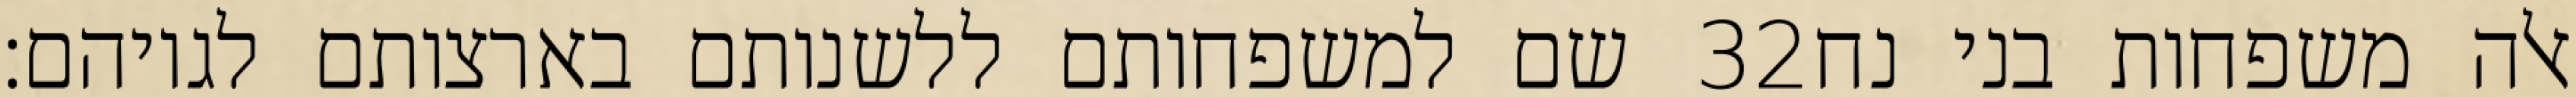
שם למשפחותם ללשנותם בארצותם לגויהם׃ ‎32‏ אלה משפחות בני נח